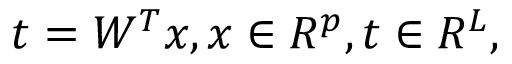
t = W ^ { T } x , x \in R ^ { p } , t \in R ^ { L } ,